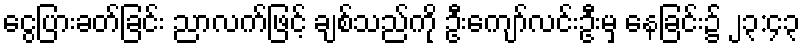
ငွေပြားခတ်ခြင်း ညာလက်ဖြင့် ချစ်သည်ကို ဦးကျော်လင်းဦးမှ နေခြင်း၌ ၂၃:၄၃